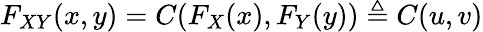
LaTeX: F_{XY}(x,y)=C(F_{X}(x),F_{Y}(y))\triangleq C(u,v)